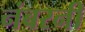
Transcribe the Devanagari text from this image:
नंबरनी